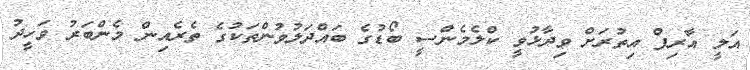
އަލީ އާރިފް އިތުރަށް ވިދާޅުވީ ކްލެމެންސީ ބޯޑުގެ ބައްދަލުވުންތަކުގެ ތެރެއިން މެންބަރު ވަހީދު